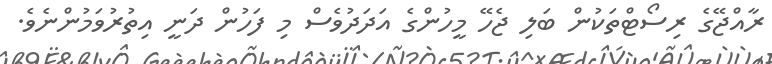
ރާއްޖޭގެ ރިސޯޓްތަކުން ބަލި ޖެހޭ މީހުންގެ އަދަދުވެސް މި ފަހުން ދަނީ އިތުރުވަމުންނެވެ.